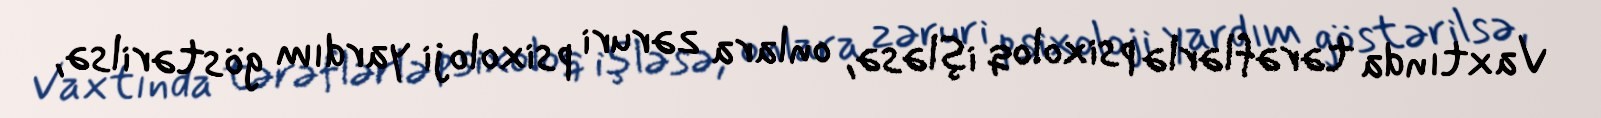
Vaxtında tərəflərlə psixoloq işləsə, onlara zəruri psixoloji yardım göstərilsə,